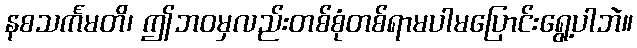
နစသင်္ကမတိ၊ ဤဘဝမှလည်းတစ်စုံတစ်ရာမပါမပြောင်းရွေ့ပါဘဲ။